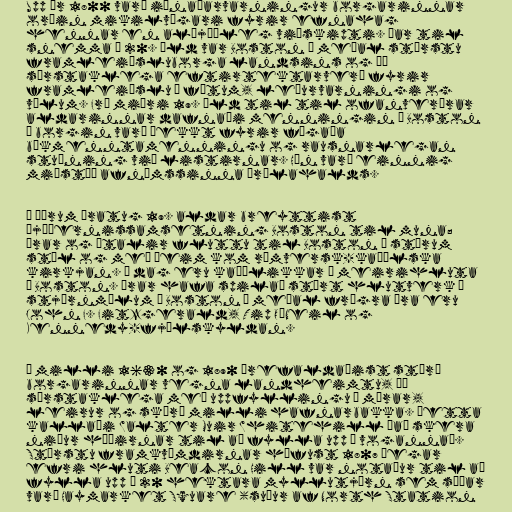
Upp úr 1800 varð iðnaðarvarningur borgarinnar
orðin mikilvægari fyrir efnahag
hennar en alþjóðleg viðskipti. Þar til
snemma á 20. öld var Boston á meðal stærstu
framleiðsluborga landsins og þá
sérstaklega eftirtektarverð fyrir
framleiðslu á fötum, leðurvarningi og
vélum. Frá miðri 19. öld til til ofanverðrar
aldarinnar dafnaði menningin í Boston
— borgin varð þekkt fyrir fágaða
bókmenntamenningu og rausnarlegan
stuðning við listirnar. Hún varð einnig
miðstöð afnámssinna þrælahalds.

Á öðrum áratug 19. aldar breyttist
þjóðernissamsetning Boston til muna;
Írar og Ítalir fluttu til Boston í stórum
stíl og með þeim kom rómversk-kaþólska
kirkjan. Í dag eru kaþólikkar í meirihluta
í Boston. Írar hafa spilað stórt hlutverk í
stjórnmálum í Boston — meðal frægra Íra eru
John F. Fitzgerald, Tip O'Neil og
Kennedy-fjölskyldan.

Á milli 1630 og 1890 þrefaldaðist stærð
borgarinnar vegna landheimtu, þá
sérstaklega með uppfyllingu í mýrar,
leirur og skörð milli hafnarbakka. Þetta
kallaði Walter Muir Whitehill „að skera
niður hæðirnar til að fylla upp í voganna“.
Stærstu framkvæmdirnar hófust 1807 þegar
efri hluti Beacon Hill var notaður til að
fylla upp í 20 hektara myllutjörn sem síðar
varð Haymarket Square (suður af North Station